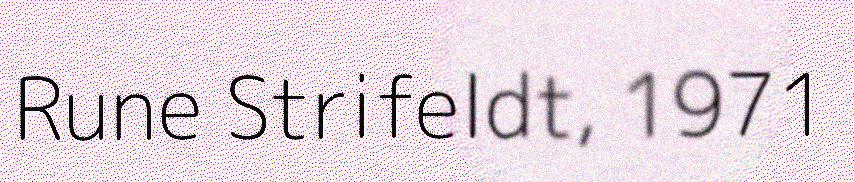
Rune Strifeldt, 1971